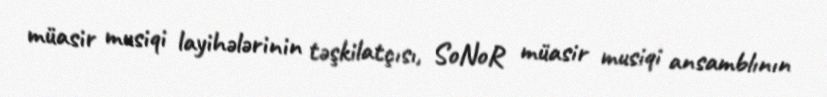
müasir musiqi layihələrinin təşkilatçısı, SoNoR müasir musiqi ansamblının